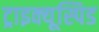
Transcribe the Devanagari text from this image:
ट्राइक्यूस्पिड